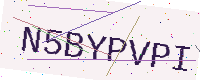
Text: N5BYPVPI